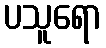
ပသူရော